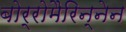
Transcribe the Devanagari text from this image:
बोर्रोमैरिन्नेन